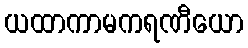
ယထာကာမကရဏီယော